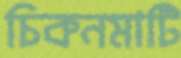
চিকনমাটি